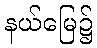
နယ်မြေ၌